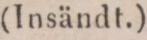
(Insändt.)